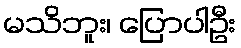
မသိဘူး၊ ပြောပါဦး